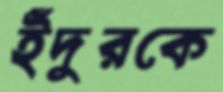
ইঁদুরকে